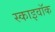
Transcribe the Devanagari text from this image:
स्काइवॉक